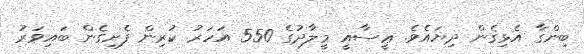
ބިންގާ އެޅިގެން ދިޔައެވެ. ޢީސާއީ މީލާދުގެ 550 އަހަރު ކުރިން ފެށިގެން ބައިވަރު